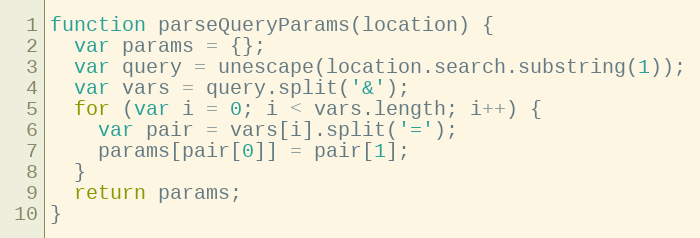
Language: JavaScript
function parseQueryParams(location) {
  var params = {};
  var query = unescape(location.search.substring(1));
  var vars = query.split('&');
  for (var i = 0; i < vars.length; i++) {
    var pair = vars[i].split('=');
    params[pair[0]] = pair[1];
  }
  return params;
}